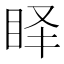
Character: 𱲮